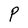
Character: P